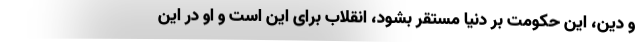
و دین، این حکومت بر دنیا مستقر بشود، انقلاب برای این است و او در این